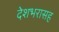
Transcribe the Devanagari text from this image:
देशभरासह